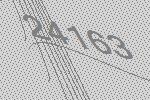
24163